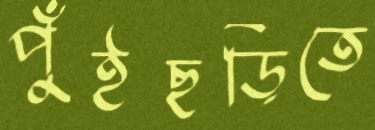
পুঁইছড়িতে